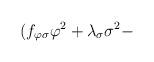
LaTeX: \begin{align*}(f_{\varphi \sigma}\varphi^2 + \lambda_{\sigma} \sigma^2 -\end{align*}